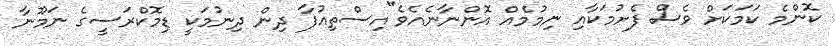
ކޮންމެ ކަމަކަށް ވެސް ފެށުމަކާއި ނިމުމެއް އޮންނާނެއެވެ"އިސްތިއުފާ ދިން ދިނުމަކީ ޑިމޮކްރަސީގެ ނަމޫނާ